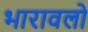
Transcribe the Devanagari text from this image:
भारावलो